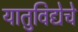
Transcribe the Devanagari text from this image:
यातुविद्येचे